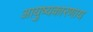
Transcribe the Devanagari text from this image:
आयुष्यकारणाय